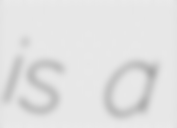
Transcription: is a